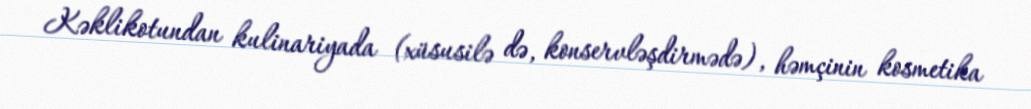
Kəklikotundan kulinariyada (xüsusilə də, konservləşdirmədə), həmçinin kosmetika